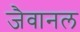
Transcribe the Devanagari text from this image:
जैवानल